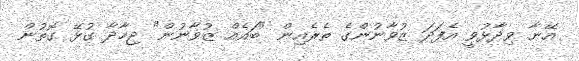
އޭނާ ވިދާޅުވީ އެފަދަ ޒުވާނުންގެ ތެރެއިން "ބައެއް ޒުވާނުން" ޖިހާދާ ގުޅޭ ގޮތުން